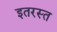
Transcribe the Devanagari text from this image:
इतरस्त